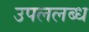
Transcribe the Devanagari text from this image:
उपललब्ध